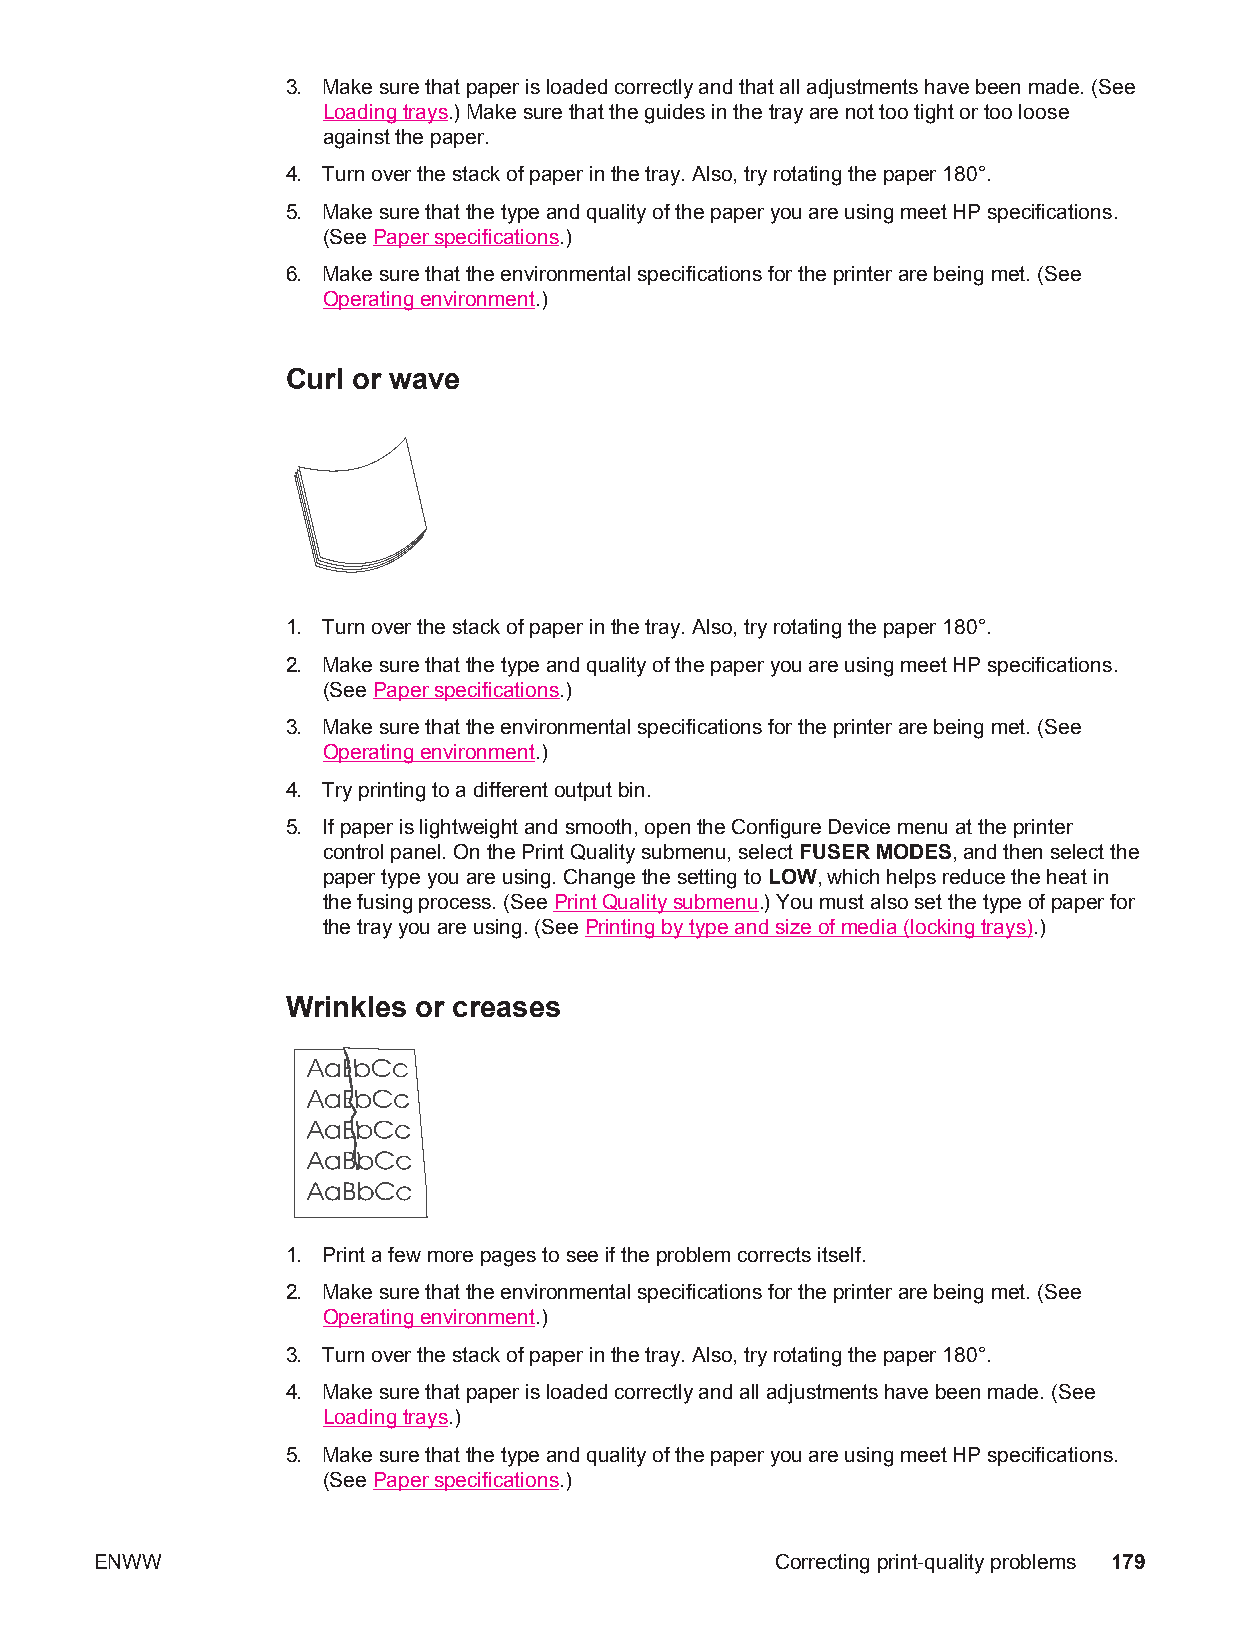
3. Make sure that paper is loaded correctly and that all adjustments have been made. (See
 Loading trays.) Make sure that the guides in the tray are not too tight or too loose
 against the paper.
 4. Turn over the stack of paper in the tray. Also, try rotating the paper 180°.
 5. Make sure that the type and quality of the paper you are using meet HP specifications.
 (See Paper specifications.)
 6. Make sure that the environmental specifications for the printer are being met. (See
 Operating environment.)
 Curl or wave
 1. Turn over the stack of paper in the tray. Also, try rotating the paper 180°.
 2. Make sure that the type and quality of the paper you are using meet HP specifications.
 (See Paper specifications.)
 3. Make sure that the environmental specifications for the printer are being met. (See
 Operating environment.)
 4. Try printing to a different output bin.
 5. If paper is lightweight and smooth, open the Configure Device menu at the printer
 control panel. On the Print Quality submenu, select FUSER MODES, and then select the
 paper type you are using. Change the setting to LOW, which helps reduce the heat in
 the fusing process. (See Print Quality submenu.) You must also set the type of paper for
 the tray you are using. (See Printing by type and size of media (locking trays).)
 Wrinkles or creases
 1. Print a few more pages to see if the problem corrects itself.
 2. Make sure that the environmental specifications for the printer are being met. (See
 Operating environment.)
 3. Turn over the stack of paper in the tray. Also, try rotating the paper 180°.
 4. Make sure that paper is loaded correctly and all adjustments have been made. (See
 Loading trays.)
 5. Make sure that the type and quality of the paper you are using meet HP specifications.
 (See Paper specifications.)
 ENWW                                         Correcting print-quality problems 179